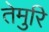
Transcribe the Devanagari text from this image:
तेमुरि